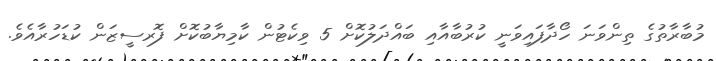
މުބާރާތުގެ ތިންވަނަ ހޯދާފައިވަނީ ކުރުބާއާއި ބައްދަލުކޮށް 5 ވިކެޓުން ކާމިޔާބުކޮށް ފޮރސީޒަން ކުޑަހުރާއެވެ.